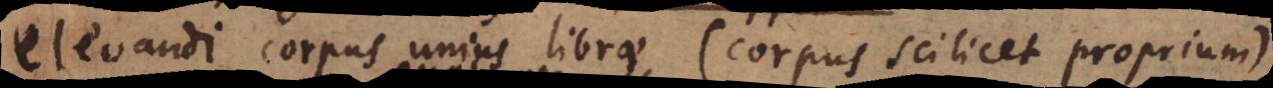
elevandi corpus unius librae (corpus scilicet proprium)